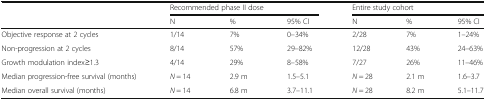
| <ROWSPAN=2>  | <COLSPAN=3> Recommended phase II dose | <COLSPAN=3> Entire study cohort |
 | N | % | 95% CI | N | % | 95% CI |
 | --- | --- | --- | --- | --- | --- | --- |
 | Objective response at 2 cycles | 1/14 | 7% | 0–34% | 2/28 | 7% | 1–24% |
 | Non-progression at 2 cycles | 8/14 | 57% | 29–82% | 12/28 | 43% | 24–63% |
 | Growth modulation index≥1.3 | 4/14 | 29% | 8–58% | 7/27 | 26% | 11–46% |
 | Median progression-free survival (months) | N = 14 | 2.9 m | 1.5–5.1 | N = 28 | 2.1 m | 1.6–3.7 |
 | Median overall survival (months) | N = 14 | 6.8 m | 3.7–11.1 | N = 28 | 8.2 m | 5.1–11.7 |